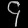
Digit: ၄